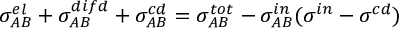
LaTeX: \sigma _ { A B } ^ { e l } + \sigma _ { A B } ^ { d i f d } + \sigma _ { A B } ^ { c d } = \sigma _ { A B } ^ { t o t } - \sigma _ { A B } ^ { i n } ( \sigma ^ { i n } - \sigma ^ { c d } )